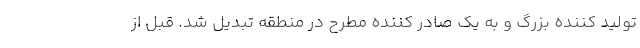
تولید کننده بزرگ و به یک صادر کننده مطرح در منطقه تبدیل شد. قبل از